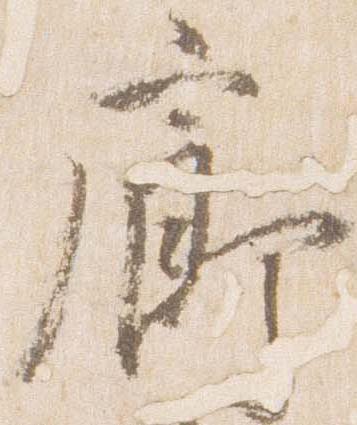
廊